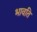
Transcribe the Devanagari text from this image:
भावति